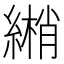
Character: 𦄏